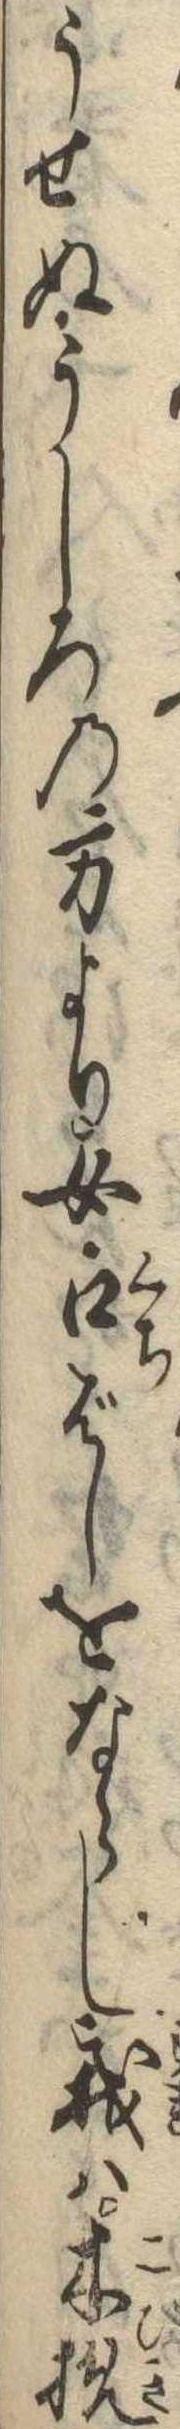
うせぬうしろの方より女口ばしをならし我は木挽